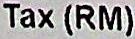
TAX (RM)